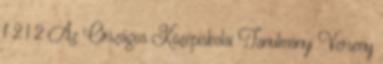
f 2 l 2 Az Országos Középiskolai Tanulmányi Verseny